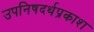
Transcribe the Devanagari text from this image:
उपनिषदर्थप्रकाश